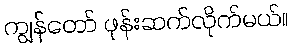
ကျွန်တော် ဖုန်းဆက်လိုက်မယ်။